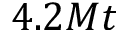
4 . 2 M t